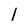
Character: 1